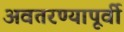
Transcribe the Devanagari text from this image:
अवतरण्यापूर्वी